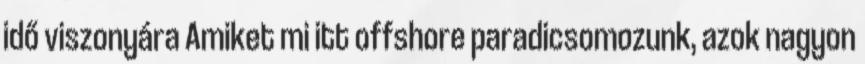
idő viszonyára Amiket mi itt offshore paradicsomozunk, azok nagyon